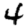
Digit: 4